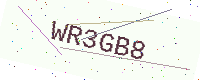
Text: WR3GB8